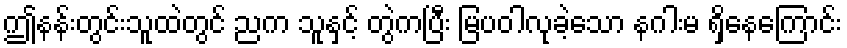
ဤနန်းတွင်းသူထဲတွင် ညက သူနှင့် တွဲကပြီး မြပဝါလုခဲ့သော နဂါးမ ရှိနေကြောင်း